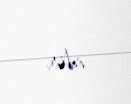
edir.